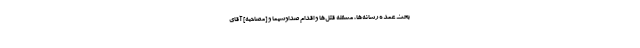
بحث عمده رسانه‌ها، مسئله قتل‌ها و اقدام صداوسیما و [مصاحبه] آقای